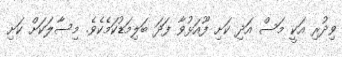
ވިދުރި އަކީ މަސް އަދި ކަށި ފޫއަޅުވާ ފަދަ ބަލިމަޑުކަމެކެވެ. މިސާލަކަށް ކަށި